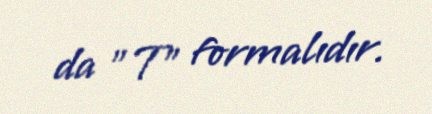
da "T" formalıdır.